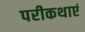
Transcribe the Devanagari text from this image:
परीकथाएं